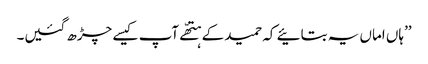
’’ہاں اماں یہ بتائیے کہ حمید کے ہتھّے آپ کیسے چڑھ گئیں۔